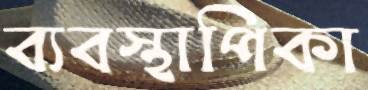
ব্যবস্থাপিকা